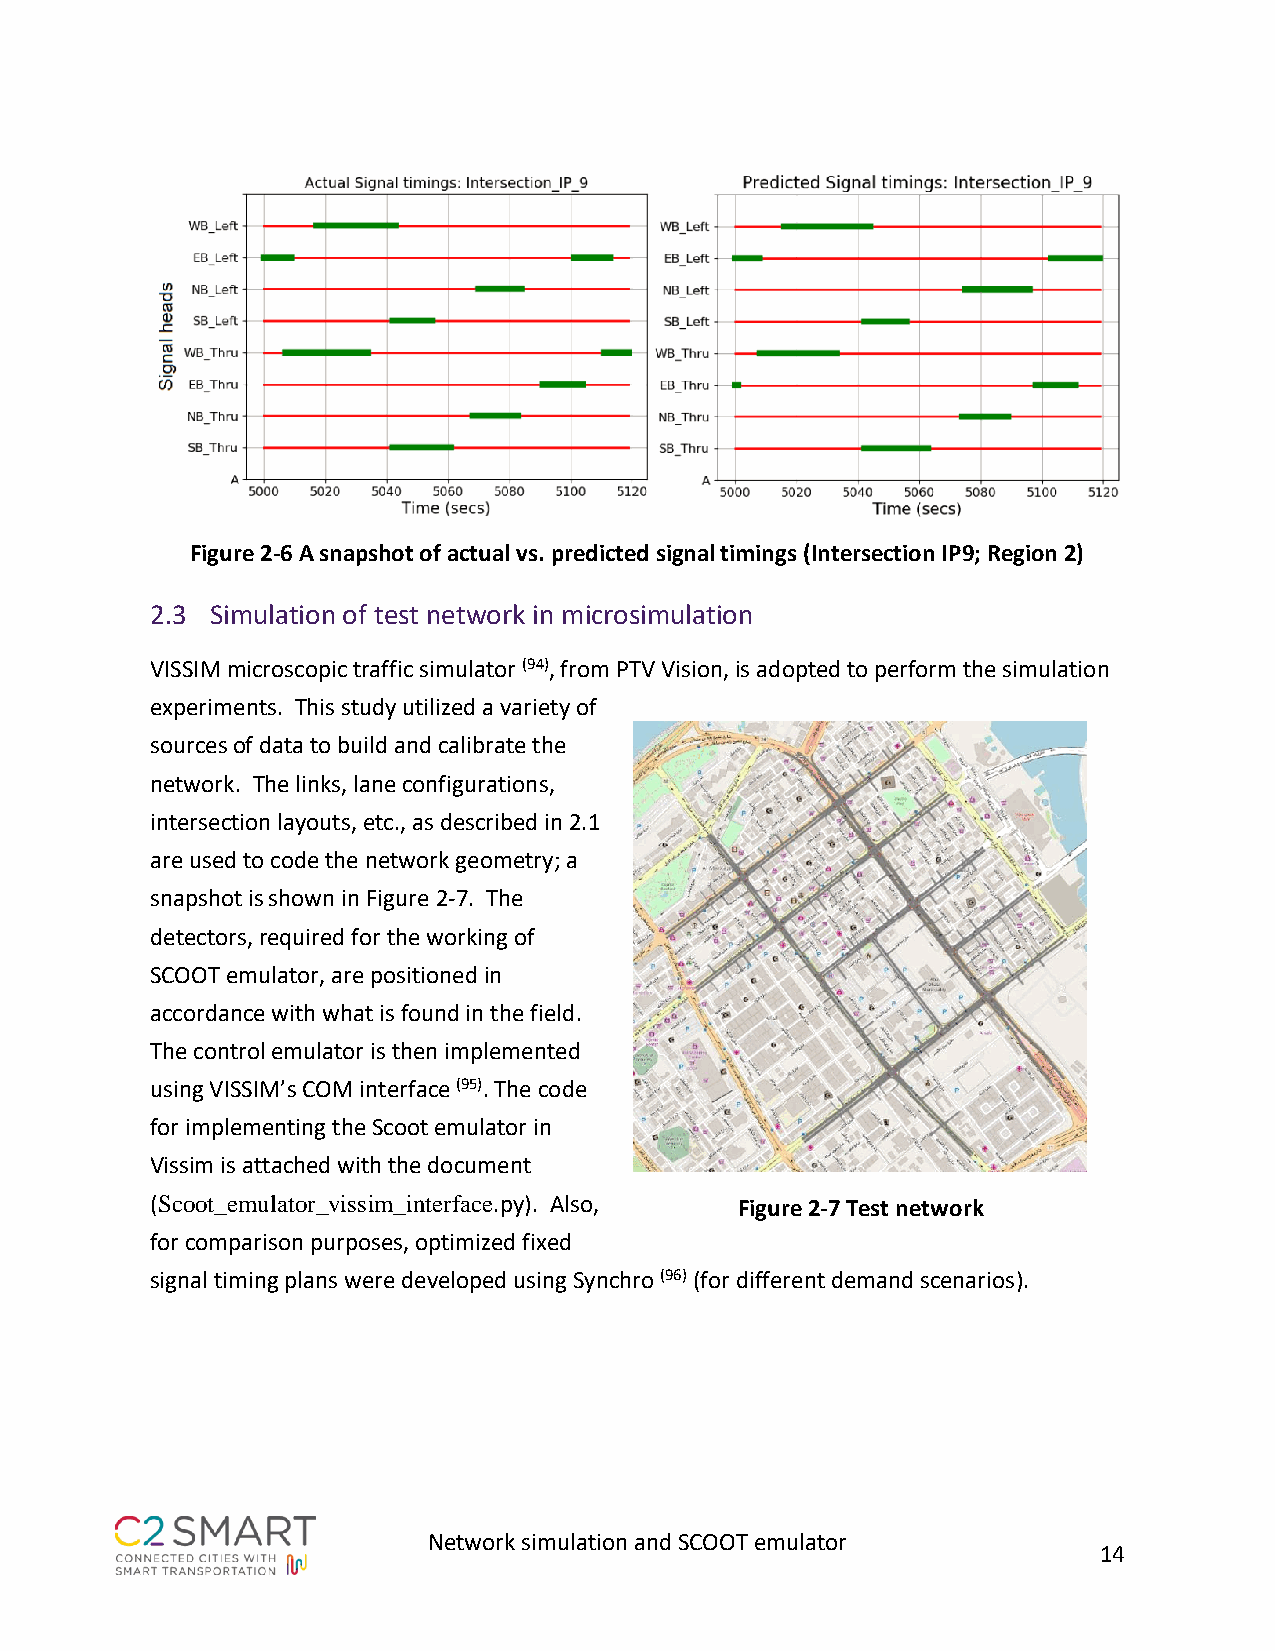
Figure 2-6 A snapshot of actual vs. predicted signal timings (Intersection IP9; Region 2)
 2.3 Simulation of test network in microsimulation
 VISSIM microscopic traffic simulator (94), from PTV Vision, is adopted to perform the simulation
 experiments. This study utilized a variety of
 sources of data to build and calibrate the
 network. The links, lane configurations,
 intersection layouts, etc., as described in 2.1
 are used to code the network geometry; a
 snapshot is shown in Figure 2-7. The
 detectors, required for the working of
 SCOOT emulator, are positioned in
 accordance with what is found in the field.
 The control emulator is then implemented
 using VISSIM’s COM interface (95). The code
 for implementing the Scoot emulator in
 Vissim is attached with the document
 (Scoot_emulator_vissim_interface.py). Also, Figure 2-7 Test network
 for comparison purposes, optimized fixed
 signal timing plans were developed using Synchro (96) (for different demand scenarios).
 Network simulation and SCOOT emulator
 14